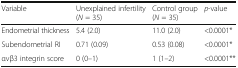
<table><thead><tr><td><b>Variable</b></td><td><b>Unexplained infertility(<i>N</i> = 35)</b></td><td><b>Control group(<i>N</i> = 35)</b></td><td><b><i>p</i>-value</b></td></tr></thead><tbody><tr><td>Endometrial thickness</td><td>5.4 (2.0)</td><td>11.0 (2.0)</td><td>&lt;0.0001*</td></tr><tr><td>Subendometrial RI</td><td>0.71 (0.09)</td><td>0.53 (0.08)</td><td>&lt;0.0001*</td></tr><tr><td>αvβ3 integrin score</td><td>0 (0–1)</td><td>1 (1–2)</td><td>&lt;0.0001**</td></tr></tbody></table>